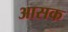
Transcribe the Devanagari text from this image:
आसक